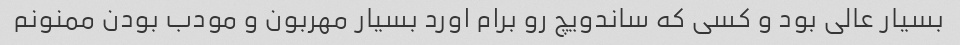
بسیار عالی بود و کسی که ساندویچ رو برام اورد بسیار مهربون و مودب بودن ممنونم